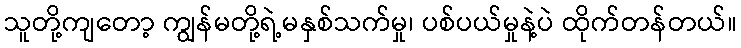
သူတို့ကျတော့ ကျွန်မတို့ရဲ့မနှစ်သက်မှု၊ ပစ်ပယ်မှုနဲ့ပဲ ထိုက်တန်တယ်။